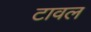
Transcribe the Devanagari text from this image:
टावल